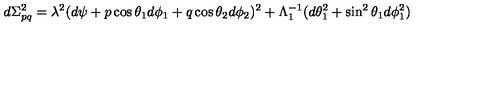
d \Sigma _ { p q } ^ { 2 } = \lambda ^ { 2 } ( d \psi + p \cos \theta _ { 1 } d \phi _ { 1 } + q \cos \theta _ { 2 } d \phi _ { 2 } ) ^ { 2 } + \Lambda _ { 1 } ^ { - 1 } ( d \theta _ { 1 } ^ { 2 } + \sin ^ { 2 } \theta _ { 1 } d \phi _ { 1 } ^ { 2 } )